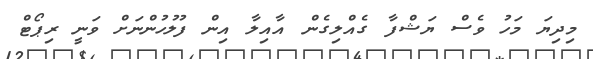
މިދިޔަ މަހު ވެސް ޔަޝްފާ ގެއްލިގެން އާއިލާ އިން ފުލުހުންނަށް ވަނީ ރިޕޯޓް